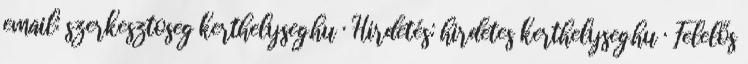
email: szerkesztoseg kerthelyseg.hu · Hirdetés: hirdetes kerthelyseg.hu · Felelős